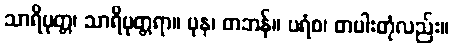
သာရိပုတ္တ၊ သာရိပုတ္တရာ။ ပုန၊ တဘန်။ ပရံစ၊ တပါးတုံလည်း။